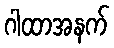
ဂါထာအနက်